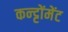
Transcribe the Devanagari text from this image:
कन्ट्टोंमेंट